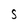
Character: S